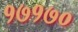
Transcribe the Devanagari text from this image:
१७१७०